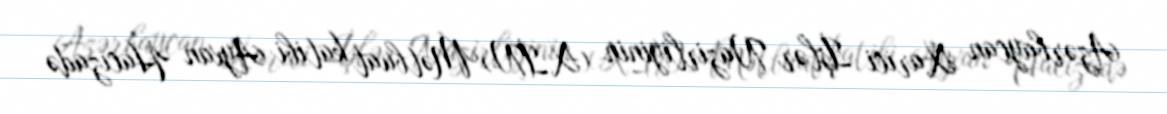
Azərbaycan Xarici İşlər Nazirliyinin (XİN) Mətbuat katibi Ayxan Hacızadə